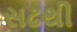
સઢથી